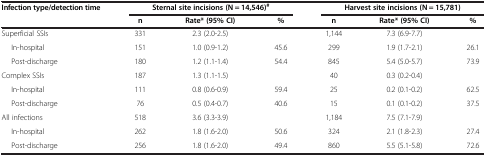
<table><thead><tr><td><b>Infection type/detection time</b></td><td colspan="3"><b>Sternal site incisions (N = 14,546)<sup>#</sup></b></td><td colspan="3"><b>Harvest site incisions (N = 15,781)</b></td></tr><tr><td><b> </b></td><td><b>n</b></td><td><b>Rate* (95% CI)</b></td><td><b>%</b></td><td><b>n</b></td><td><b>Rate* (95% CI)</b></td><td><b>%</b></td></tr></thead><tbody><tr><td>Superficial SSIs</td><td>331</td><td>2.3 (2.0-2.5)</td><td> </td><td>1,144</td><td>7.3 (6.9-7.7)</td><td> </td></tr><tr><td>In-hospital</td><td>151</td><td>1.0 (0.9-1.2)</td><td>45.6</td><td>299</td><td>1.9 (1.7-2.1)</td><td>26.1</td></tr><tr><td>Post-discharge</td><td>180</td><td>1.2 (1.1-1.4)</td><td>54.4</td><td>845</td><td>5.4 (5.0-5.7)</td><td>73.9</td></tr><tr><td>Complex SSIs</td><td>187</td><td>1.3 (1.1-1.5)</td><td> </td><td>40</td><td>0.3 (0.2-0.4)</td><td> </td></tr><tr><td>In-hospital</td><td>111</td><td>0.8 (0.6-0.9)</td><td>59.4</td><td>25</td><td>0.2 (0.1-0.2)</td><td>62.5</td></tr><tr><td>Post-discharge</td><td>76</td><td>0.5 (0.4-0.7)</td><td>40.6</td><td>15</td><td>0.1 (0.1-0.2)</td><td>37.5</td></tr><tr><td>All infections</td><td>518</td><td>3.6 (3.3-3.9)</td><td> </td><td>1,184</td><td>7.5 (7.1-7.9)</td><td> </td></tr><tr><td>In-hospital</td><td>262</td><td>1.8 (1.6-2.0)</td><td>50.6</td><td>324</td><td>2.1 (1.8-2.3)</td><td>27.4</td></tr><tr><td>Post-discharge</td><td>256</td><td>1.8 (1.6-2.0)</td><td>49.4</td><td>860</td><td>5.5 (5.1-5.8)</td><td>72.6</td></tr></tbody></table>